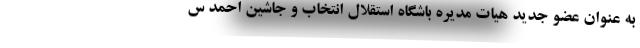
به عنوان عضو جدید هیات مدیره باشگاه استقلال انتخاب و جاشین احمد س